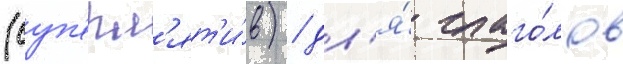
(суп'ерл'ят'и́в) / дл'я́ глаго́лов